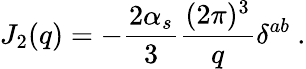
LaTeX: J_{2}(q)=-{\frac{2\alpha_{s}}{3}}{\frac{(2\pi)^{3}}{q}}\delta^{ab}\ .